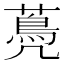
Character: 𦽏